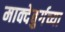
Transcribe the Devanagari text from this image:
माक्देबुर्गच्या